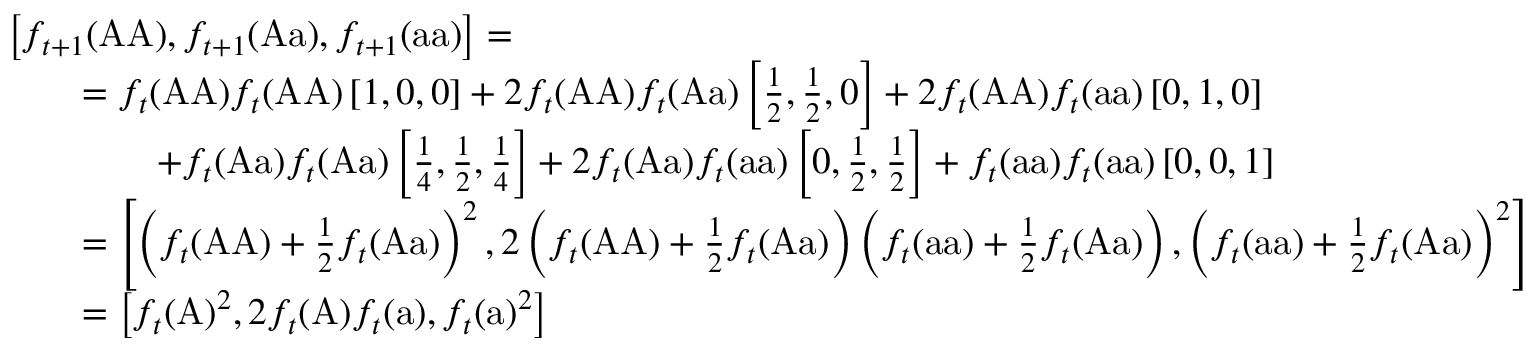
{ \begin{array} { r l } & { \left[ f _ { t + 1 } ( { \mathrm { A A } } ) , f _ { t + 1 } ( { \mathrm { A a } } ) , f _ { t + 1 } ( { \mathrm { a a } } ) \right] = } \\ & { \qquad = f _ { t } ( { \mathrm { A A } } ) f _ { t } ( { \mathrm { A A } } ) \left[ 1 , 0 , 0 \right] + 2 f _ { t } ( { \mathrm { A A } } ) f _ { t } ( { \mathrm { A a } } ) \left[ { \frac { 1 } { 2 } } , { \frac { 1 } { 2 } } , 0 \right] + 2 f _ { t } ( { \mathrm { A A } } ) f _ { t } ( { \mathrm { a a } } ) \left[ 0 , 1 , 0 \right] } \\ & { \qquad \qquad + f _ { t } ( { \mathrm { A a } } ) f _ { t } ( { \mathrm { A a } } ) \left[ { \frac { 1 } { 4 } } , { \frac { 1 } { 2 } } , { \frac { 1 } { 4 } } \right] + 2 f _ { t } ( { \mathrm { A a } } ) f _ { t } ( { \mathrm { a a } } ) \left[ 0 , { \frac { 1 } { 2 } } , { \frac { 1 } { 2 } } \right] + f _ { t } ( { \mathrm { a a } } ) f _ { t } ( { \mathrm { a a } } ) \left[ 0 , 0 , 1 \right] } \\ & { \qquad = \left[ \left( f _ { t } ( { \mathrm { A A } } ) + { \frac { 1 } { 2 } } f _ { t } ( { \mathrm { A a } } ) \right) ^ { 2 } , 2 \left( f _ { t } ( { \mathrm { A A } } ) + { \frac { 1 } { 2 } } f _ { t } ( { \mathrm { A a } } ) \right) \left( f _ { t } ( { \mathrm { a a } } ) + { \frac { 1 } { 2 } } f _ { t } ( { \mathrm { A a } } ) \right) , \left( f _ { t } ( { \mathrm { a a } } ) + { \frac { 1 } { 2 } } f _ { t } ( { \mathrm { A a } } ) \right) ^ { 2 } \right] } \\ & { \qquad = \left[ f _ { t } ( { \mathrm { A } } ) ^ { 2 } , 2 f _ { t } ( { \mathrm { A } } ) f _ { t } ( { \mathrm { a } } ) , f _ { t } ( { \mathrm { a } } ) ^ { 2 } \right] } \end{array} }